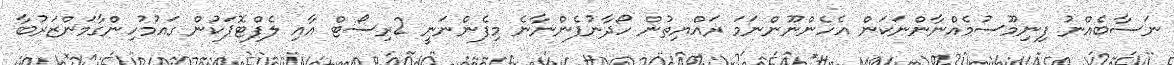
ނަސާބެއްނު ފިނިމޫސުމެއްނާންނަކަން އެހެންނޫންނަމަ ރައްޔިތުން ހޯދާނުފެންނާނެ މިފެންނަނީ 2ރިސޯޓް އާއި ލެފްޓޮޕަކުން ގައުމުހިންގާމަންޒަރުބާ